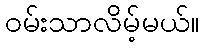
ဝမ်းသာလိမ့်မယ်။